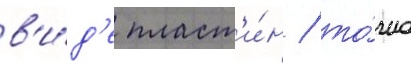
в'и́д'е пласт'и́н / то́чно